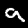
Digit: 9